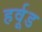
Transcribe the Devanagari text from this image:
हर्वूड